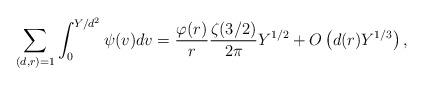
LaTeX: \begin{align*}\sum_{(d,r)=1}\int_{0}^{Y/d^2}\psi(v)dv=\dfrac{\varphi(r)}{r}\dfrac{\zeta(3/2)}{2\pi}Y^{1/2} + O\left(d(r)Y^{1/3}\right),\end{align*}